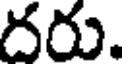
దరు.